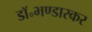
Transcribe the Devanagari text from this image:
डॉ॰भण्डारकर